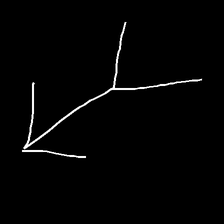
Glyph: gather